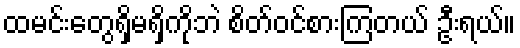
ထမင်းတွေရှိမရှိကိုဘဲ စိတ်ဝင်စားကြတယ် ဦးရယ်။